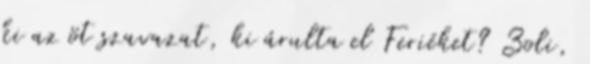
ki az öt szavazat, ki árulta el Feriéket? Zoli,